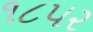
૧૮૫૨